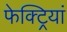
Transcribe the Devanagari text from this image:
फेक्ट्रियां